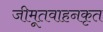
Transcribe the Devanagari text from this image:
जीमूतवाहनकृत